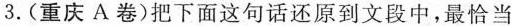
3.(重庆A卷)把下面这句话还原到文段中，最恰当